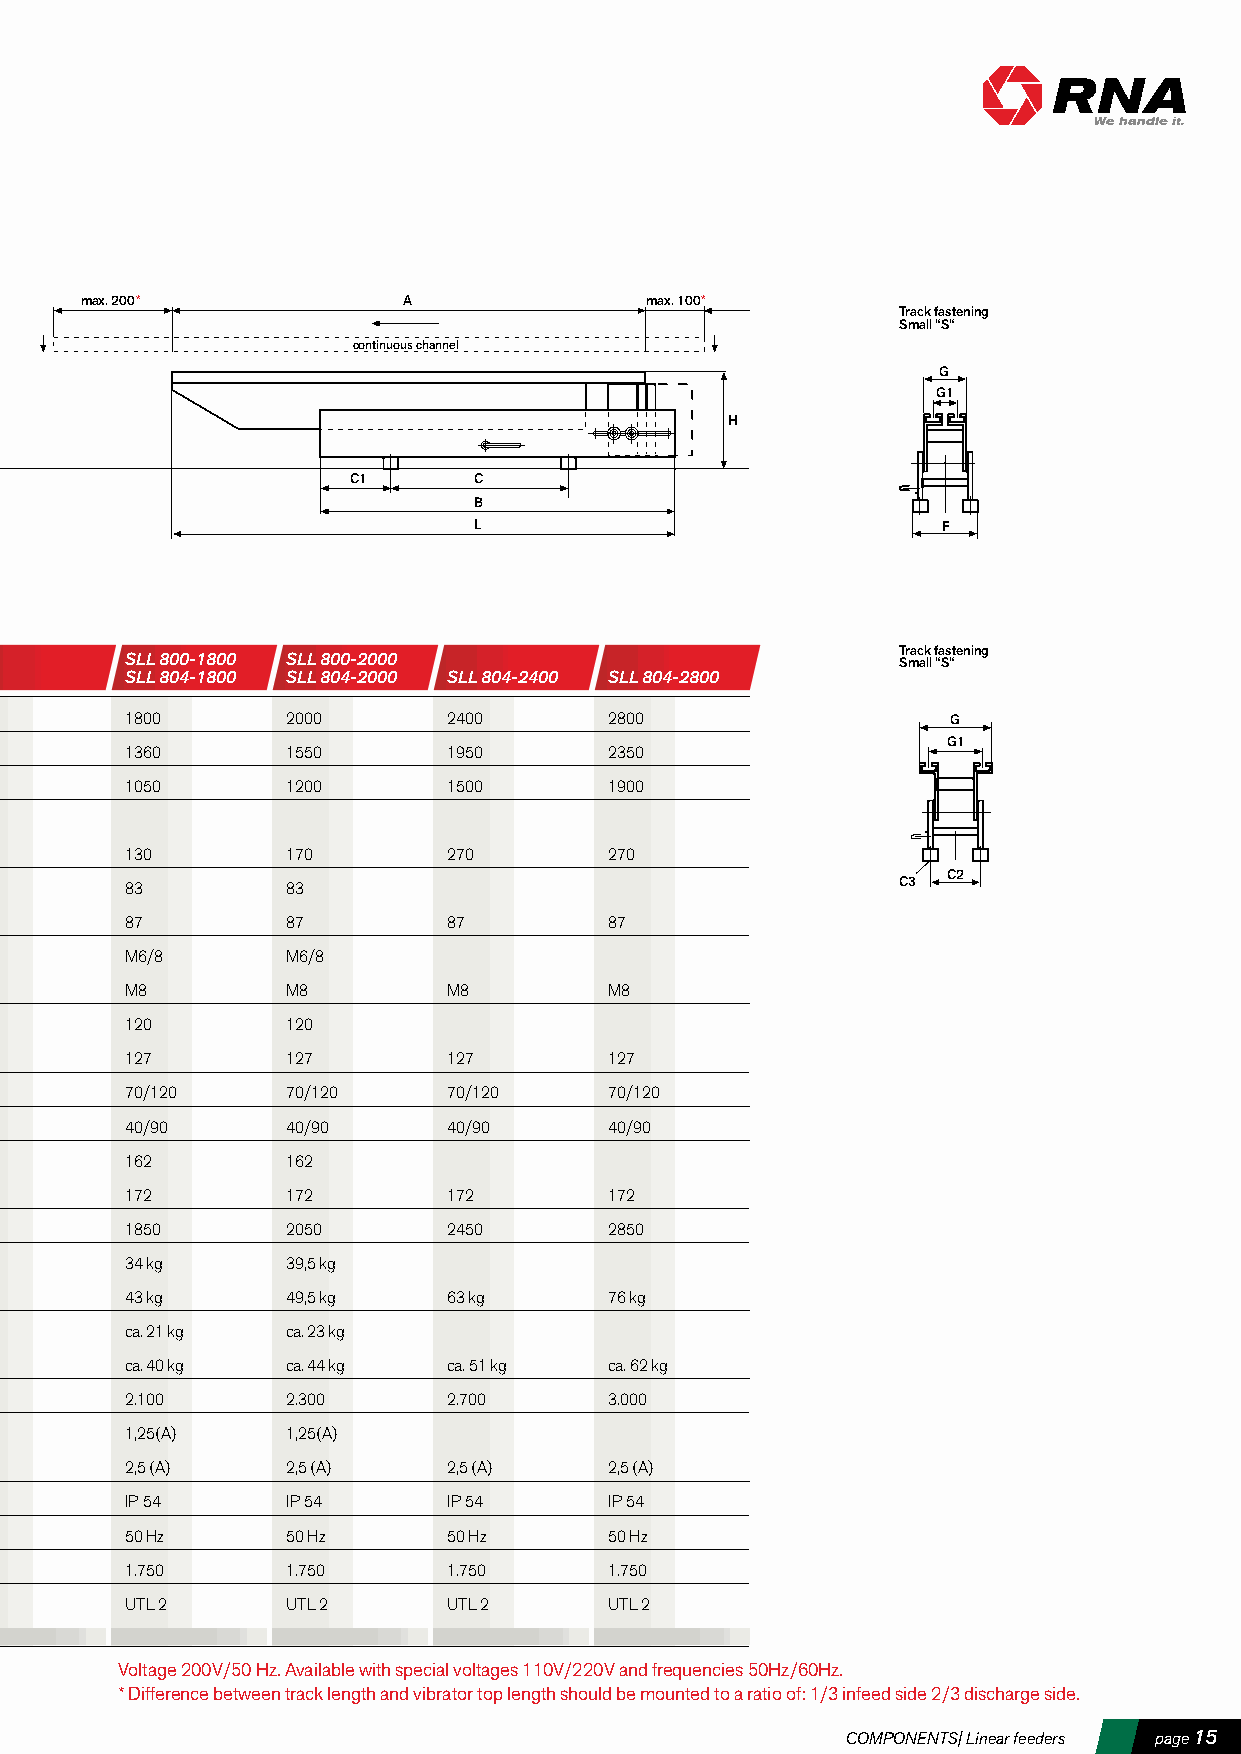
max. 200*             A               max. 100*
 Track fastening
 Small “S“
 continuous channel
 G
 G1
 H
 C1      C
 B
 L                              F
 Track fastening
 SLL 800-1800 SLL 800-2000                           Small “S“
 SLL 804-1800 SLL 804-2000 SLL 804-2400 SLL 804-2800
 1800       2000       2400      2800                   G
 G1
 1360       1550       1950      2350
 1050       1200       1500      1900
 130        170        270       270
 C2
 83         83                                      C3
 87         87         87        87
 M6/8       M6/8
 M8         M8         M8        M8
 120        120
 127        127        127       127
 70/120     70/120     70/120    70/120
 40/90      40/90      40/90     40/90
 162        162
 172        172        172       172
 1850       2050       2450      2850
 34 kg      39,5 kg
 43 kg      49,5 kg    63 kg     76 kg
 ca. 21 kg  ca. 23 kg
 ca. 40 kg  ca. 44 kg  ca. 51 kg ca. 62 kg
 2.100      2.300      2.700     3.000
 1,25(A)    1,25(A)
 2,5 (A)    2,5 (A)    2,5 (A)   2,5 (A)
 IP 54      IP 54      IP 54     IP 54
 50 Hz      50 Hz      50 Hz     50 Hz
 1.750      1.750      1.750     1.750
 UTL 2      UTL 2      UTL 2     UTL 2
 Voltage 200V/50 Hz. Available with special voltages 110V/220V and frequencies 50Hz/60Hz.
 * Difference between track length and vibrator top length should be mounted to a ratio of: 1/3 infeed side 2/3 discharge side.
 COMPONENTS| Linear feeders page 15